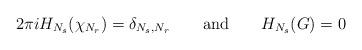
LaTeX: \begin{align*}2\pi iH_{N_s}(\chi_{N_r})=\delta_{N_s,N_r}\qquad{\rm{and}}\qquad H_{N_s}(G)=0\end{align*}